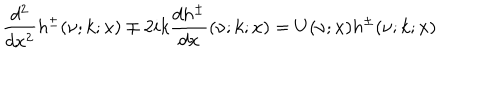
LaTeX: \frac { d ^ { 2 } } { d x ^ { 2 } } h ^ { \pm } ( \nu ; k ; x ) \mp 2 i k \frac { d h ^ { \pm } } { d x } ( \nu ; k ; x ) = U ( \nu ; x ) h ^ { \pm } ( \nu ; k ; x )